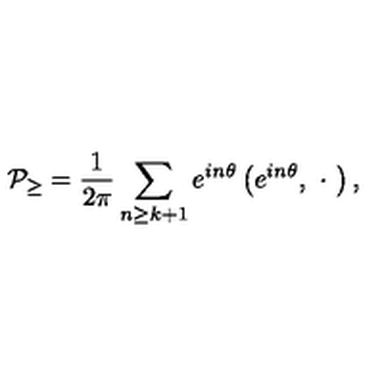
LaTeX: { \cal P } _ { \geq } = \frac 1 { 2 \pi } \sum _ { n \geq k + 1 } e ^ { i n \theta } \left( e ^ { i n \theta } , \ \cdot \ \right) ,